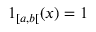
1 _ { [ a , b [ } ( x ) = 1